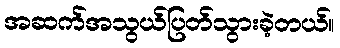
အဆက်အသွယ်ပြတ်သွားခဲ့တယ်။